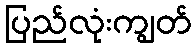
ပြည်လုံးကျွတ်